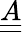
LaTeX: \underline{{\underline{{A}}}}